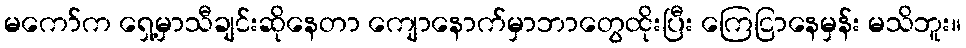
မကော်က ရှေ့မှာသီချင်းဆိုနေတာ ကျောနောက်မှာဘာတွေထိုးပြီး ကြေငြာနေမှန်း မသိဘူး။